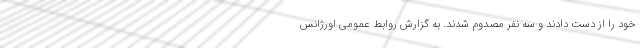
خود را از دست دادند و سه نفر مصدوم شدند. به گزارش روابط عمومی اورژانس